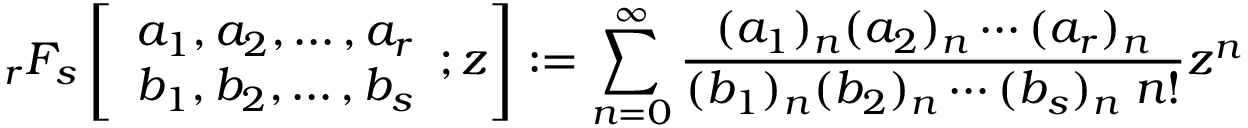
_ { r } F _ { s } \left[ { \begin{array} { l } { a _ { 1 } , a _ { 2 } , \dotsc , a _ { r } } \\ { b _ { 1 } , b _ { 2 } , \dotsc , b _ { s } } \end{array} } ; z \right] : = \sum _ { n = 0 } ^ { \infty } { \frac { ( a _ { 1 } ) _ { n } ( a _ { 2 } ) _ { n } \dotsb ( a _ { r } ) _ { n } } { ( b _ { 1 } ) _ { n } ( b _ { 2 } ) _ { n } \dotsb ( b _ { s } ) _ { n } \; n ! } } z ^ { n }